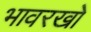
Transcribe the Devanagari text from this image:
भावरखो